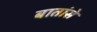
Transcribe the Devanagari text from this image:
बातांसे